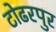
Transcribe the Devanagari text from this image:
टोढरपुर